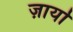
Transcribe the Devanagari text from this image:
ज़ार्या